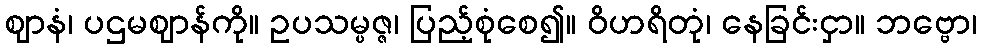
ဈာနံ၊ ပဌမဈာန်ကို။ ဥပသမ္ပဇ္ဇ၊ ပြည့်စုံစေ၍။ ဝိဟရိတုံ၊ နေခြင်းငှာ။ ဘဗ္ဗော၊